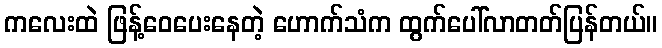
ကလေးထဲ ဖြန့်ဝေပေးနေတဲ့ ဟောက်သံက ထွက်ပေါ်လာတတ်ပြန်တယ်။